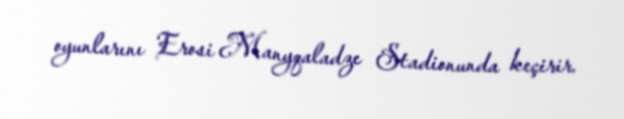
oyunlarını Erosi Manyqaladze Stadionunda keçirir.